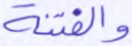
والفتنة